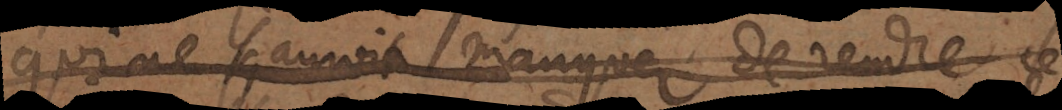
qui ne sçauroit manquer de rendre ce